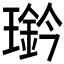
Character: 𤪊